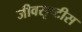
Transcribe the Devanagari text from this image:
जीवसृष्टीस